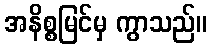
အနိစ္စမြင်မှ ကွာသည်။